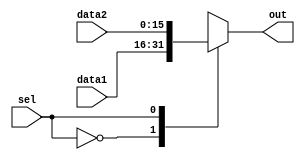
module mux2_1N16(input [15:0]data1, input [15:0]data2, input sel, output reg [15:0]out);

always @(*)begin
	case(sel)
		1'b0 : out = data1;
		1'b1 : out = data2;
	endcase
end

endmodule